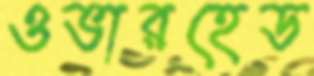
ওভারহেড